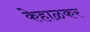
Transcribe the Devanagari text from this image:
केहाळकर